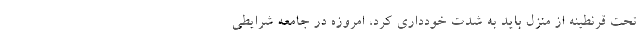
تحت قرنطینه از منزل باید به شدت خودداری کرد، امروزه در جامعه شرایطی